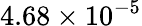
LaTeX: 4.68\times 10^{-5}